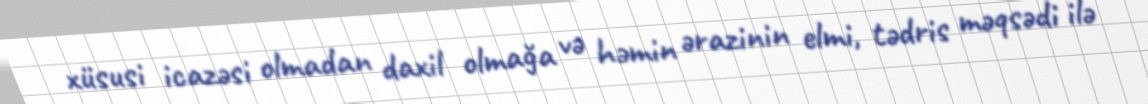
xüsusi icazəsi olmadan daxil olmağa və həmin ərazinin elmi, tədris məqsədi ilə